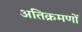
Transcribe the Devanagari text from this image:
अतिक्रमणों